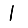
Digit: 1